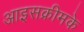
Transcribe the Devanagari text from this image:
आइसक्रीमके